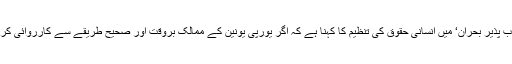
اپنی تازہ رپورٹ ’یونان میں محصور پناہ گزینوں کا اجتناب پذیر بحران‘ میں انسانی حقوق کی تنظیم کا کہنا ہے کہ اگر یورپی یونین کے ممالک بروقت اور صحیح طریقے سے کارروائی کرتے تو ان بڑھتے ہوئے مسائل سے گریز کیا جا سکتا تھا۔